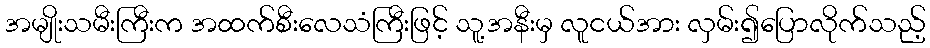
အမျိုးသမီးကြီးက အထက်စီးလေသံကြီးဖြင့် သူ့အနီးမှ လူငယ်အား လှမ်း၍ပြောလိုက်သည့်